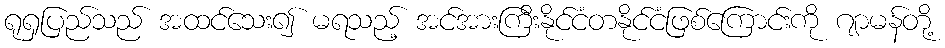
ရုရှပြည်သည် အထင်သေး၍ မရသည့် အင်အားကြီးနိုင်ငံတနိုင်ငံဖြစ်ကြောင်းကို ဂျာမန်တို့